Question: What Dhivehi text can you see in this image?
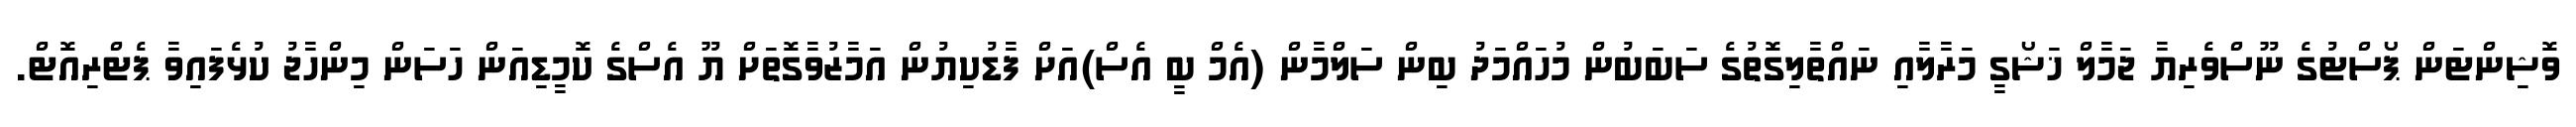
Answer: ވޮޝިންޓަން ޕޯސްޓުގެ ނޫސްވެރިޔާ ޖަމާލް ޚަޝޯގީ މަރާލާއި ނައްތާލިގޮތުގެ ސަބަބުން މުހައްމަދު ބިން ސަލްމާން (އެމް ބީ އެސް)އަށް ފާޑުކިޔުން އަމާޒުވާގޮތަށް ޔޫ އެސްގެ ކޮމީޑިއަން ހަސަން މިންހާޖު ކުޅެފައިވާ ޕެޓްރިއޮޓް.